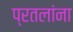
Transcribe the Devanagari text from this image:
प्रतलांना